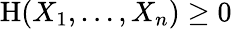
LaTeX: \mathrm{H}(X_{1},\ldots,X_{n})\geq 0